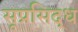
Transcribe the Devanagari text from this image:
सूप्रसिद्ध